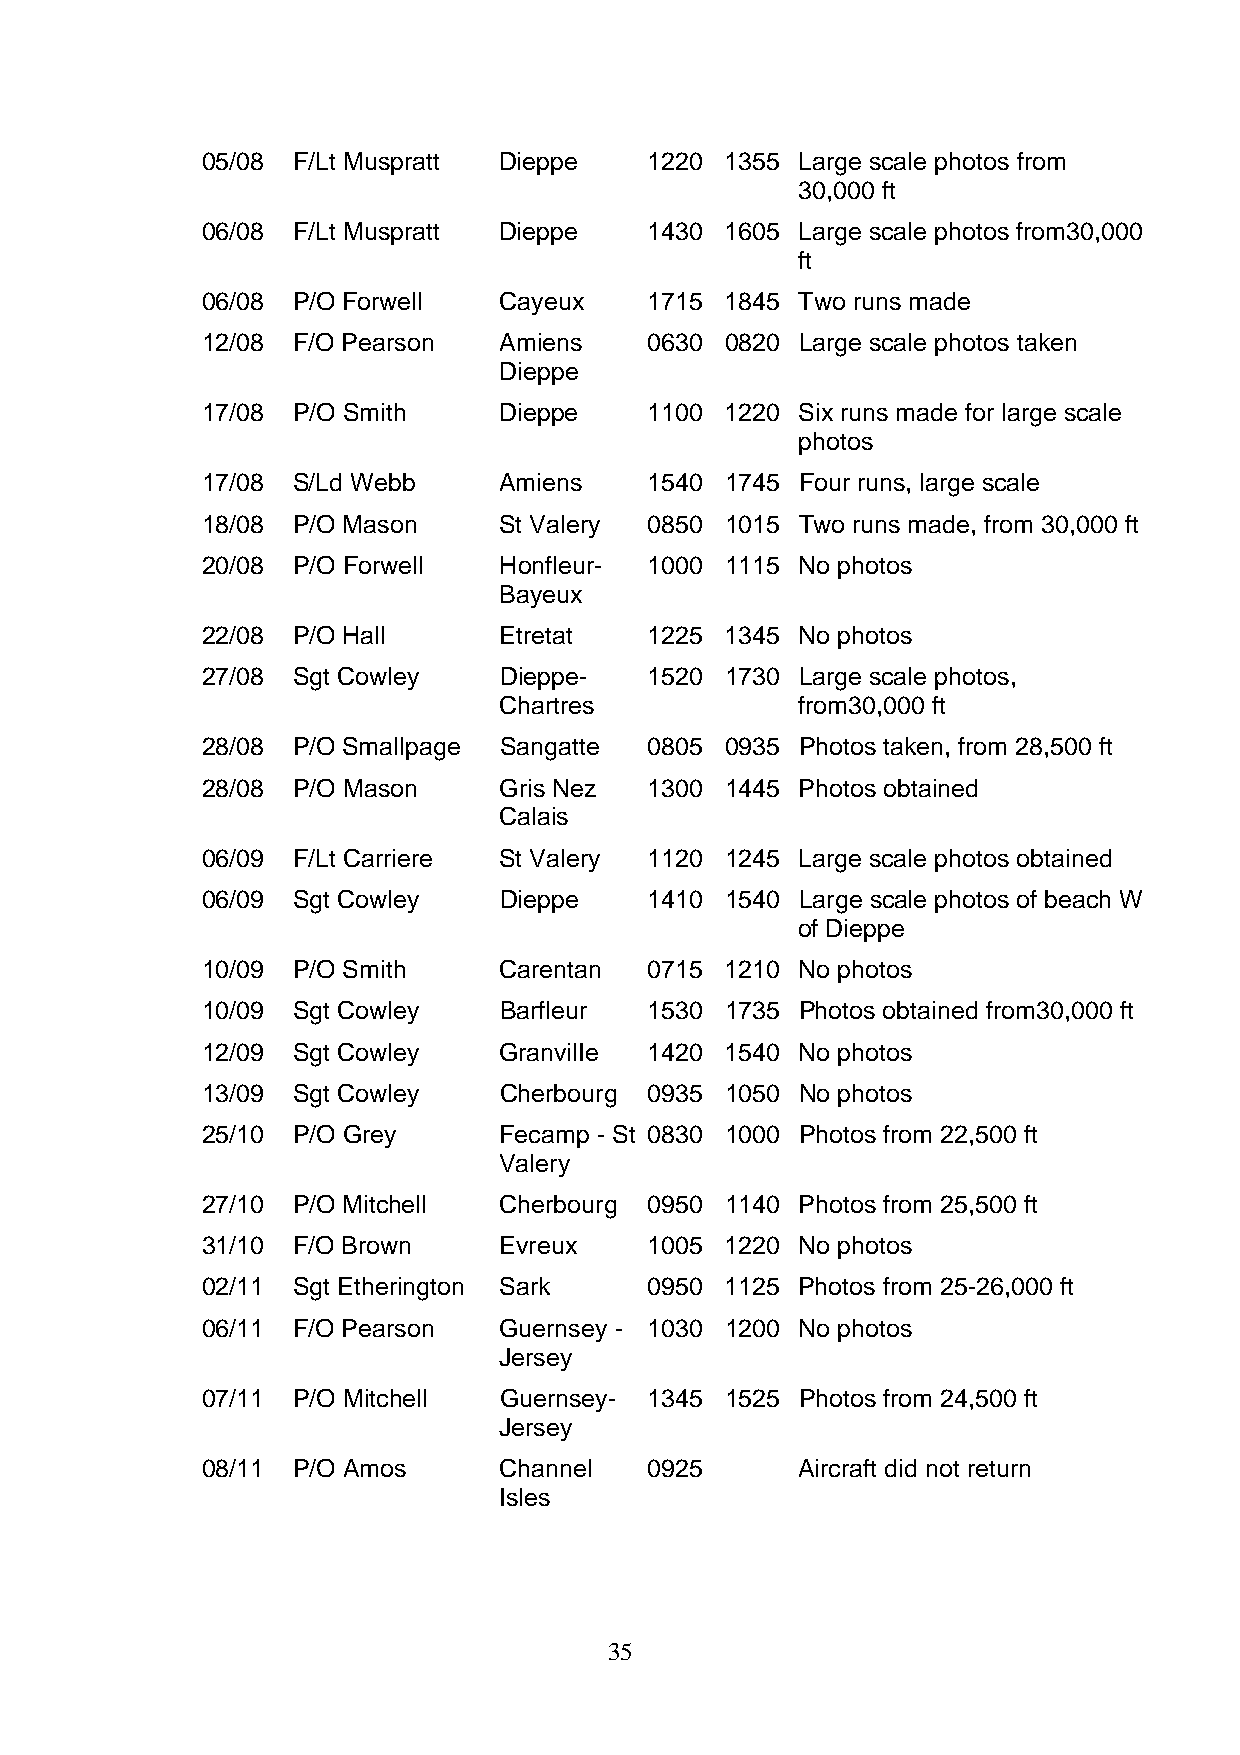
05/08 F/Lt Muspratt Dieppe    1220 1355 Large scale photos from
 30,000 ft
 06/08 F/Lt Muspratt Dieppe    1430 1605 Large scale photos from30,000
 ft
 06/08 P/O Forwell   Cayeux    1715 1845 Two runs made
 12/08 F/O Pearson   Amiens    0630 0820 Large scale photos taken
 Dieppe
 17/08 P/O Smith     Dieppe    1100 1220 Six runs made for large scale
 photos
 17/08 S/Ld Webb     Amiens    1540 1745 Four runs, large scale
 18/08 P/O Mason     St Valery 0850 1015 Two runs made, from 30,000 ft
 20/08 P/O Forwell   Honfleur- 1000 1115 No photos
 Bayeux
 22/08 P/O Hall      Etretat   1225 1345 No photos
 27/08 Sgt Cowley    Dieppe-   1520 1730 Large scale photos,
 Chartres            from30,000 ft
 28/08 P/O Smallpage Sangatte  0805 0935 Photos taken, from 28,500 ft
 28/08 P/O Mason     Gris Nez  1300 1445 Photos obtained
 Calais
 06/09 F/Lt Carriere St Valery 1120 1245 Large scale photos obtained
 06/09 Sgt Cowley    Dieppe    1410 1540 Large scale photos of beach W
 of Dieppe
 10/09 P/O Smith     Carentan  0715 1210 No photos
 10/09 Sgt Cowley    Barfleur  1530 1735 Photos obtained from30,000 ft
 12/09 Sgt Cowley    GranvilIe 1420 1540 No photos
 13/09 Sgt Cowley    Cherbourg 0935 1050 No photos
 25/10 P/O Grey      Fecamp - St 0830 1000 Photos from 22,500 ft
 Valery
 27/10 P/O Mitchell  Cherbourg 0950 1140 Photos from 25,500 ft
 31/10 F/O Brown     Evreux    1005 1220 No photos
 02/11 Sgt Etherington Sark    0950 1125 Photos from 25-26,000 ft
 06/11 F/O Pearson   Guernsey - 1030 1200 No photos
 Jersey
 07/11 P/O Mitchell  Guernsey- 1345 1525 Photos from 24,500 ft
 Jersey
 08/11 P/O Amos      Channel   0925      Aircraft did not return
 Isles
 35